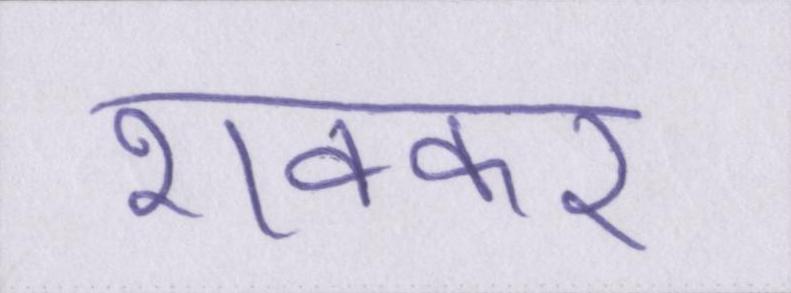
शक्कर